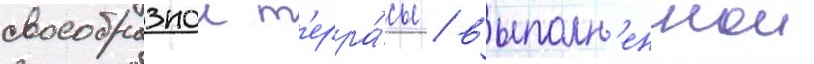
своеобразнои т'ерра́сы / выполн'еннои